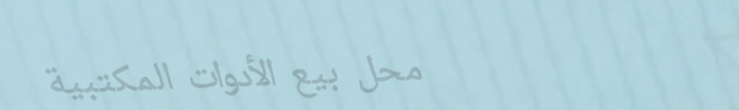
محل بيع الأدوات المكتبية